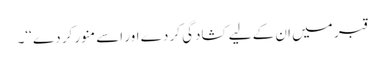
قبر میں ان کے لیے کشادگی کر دے اور اسے منور کر دے ‘‘۔